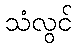
သံလွင်